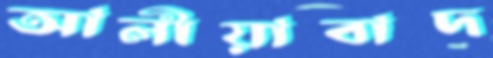
আলীয়াবাদ